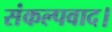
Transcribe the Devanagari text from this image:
संकल्पवाद।